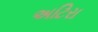
અટિરા